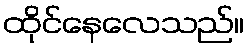
ထိုင်နေလေသည်။